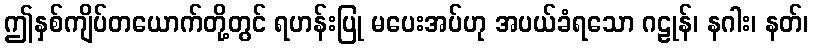
ဤနှစ်ကျိပ်တယောက်တို့တွင် ရဟန်းပြု မပေးအပ်ဟု အပယ်ခံရသော ဂဠုန်၊ နဂါး၊ နတ်၊